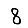
Digit: 8